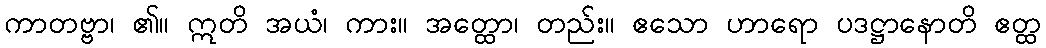
ကာတဗ္ဗာ၊ ၏။ ဣတိ အယံ၊ ကား။ အတ္ထော၊ တည်း။ ဧသော ဟာရော ပဒဋ္ဌာနောတိ ဧတ္ထ